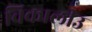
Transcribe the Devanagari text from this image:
विकालीउ